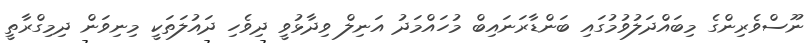
ނޫސްވެރިންގެ މިބައްދަލުވުމުގައި ބަންޑާރަނައިބް މުހައްމަދު އަނިލް ވިދާޅުވީ ދިވެހި ދައުލަތަކީ މިނިވަން ދިމިގްރާތީ